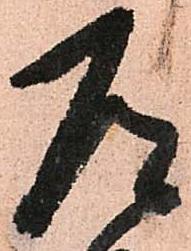
道